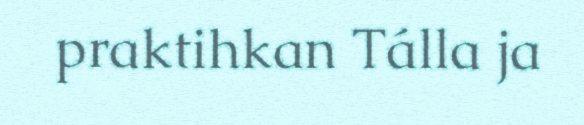
praktihkan Tálla ja